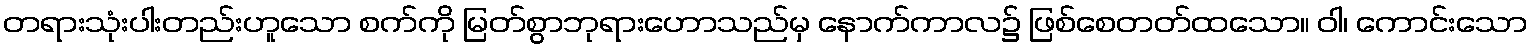
တရားသုံးပါးတည်းဟူသော စက်ကို မြတ်စွာဘုရားဟောသည်မှ နောက်ကာလ၌ ဖြစ်စေတတ်ထသော။ ဝါ၊ ကောင်းသော